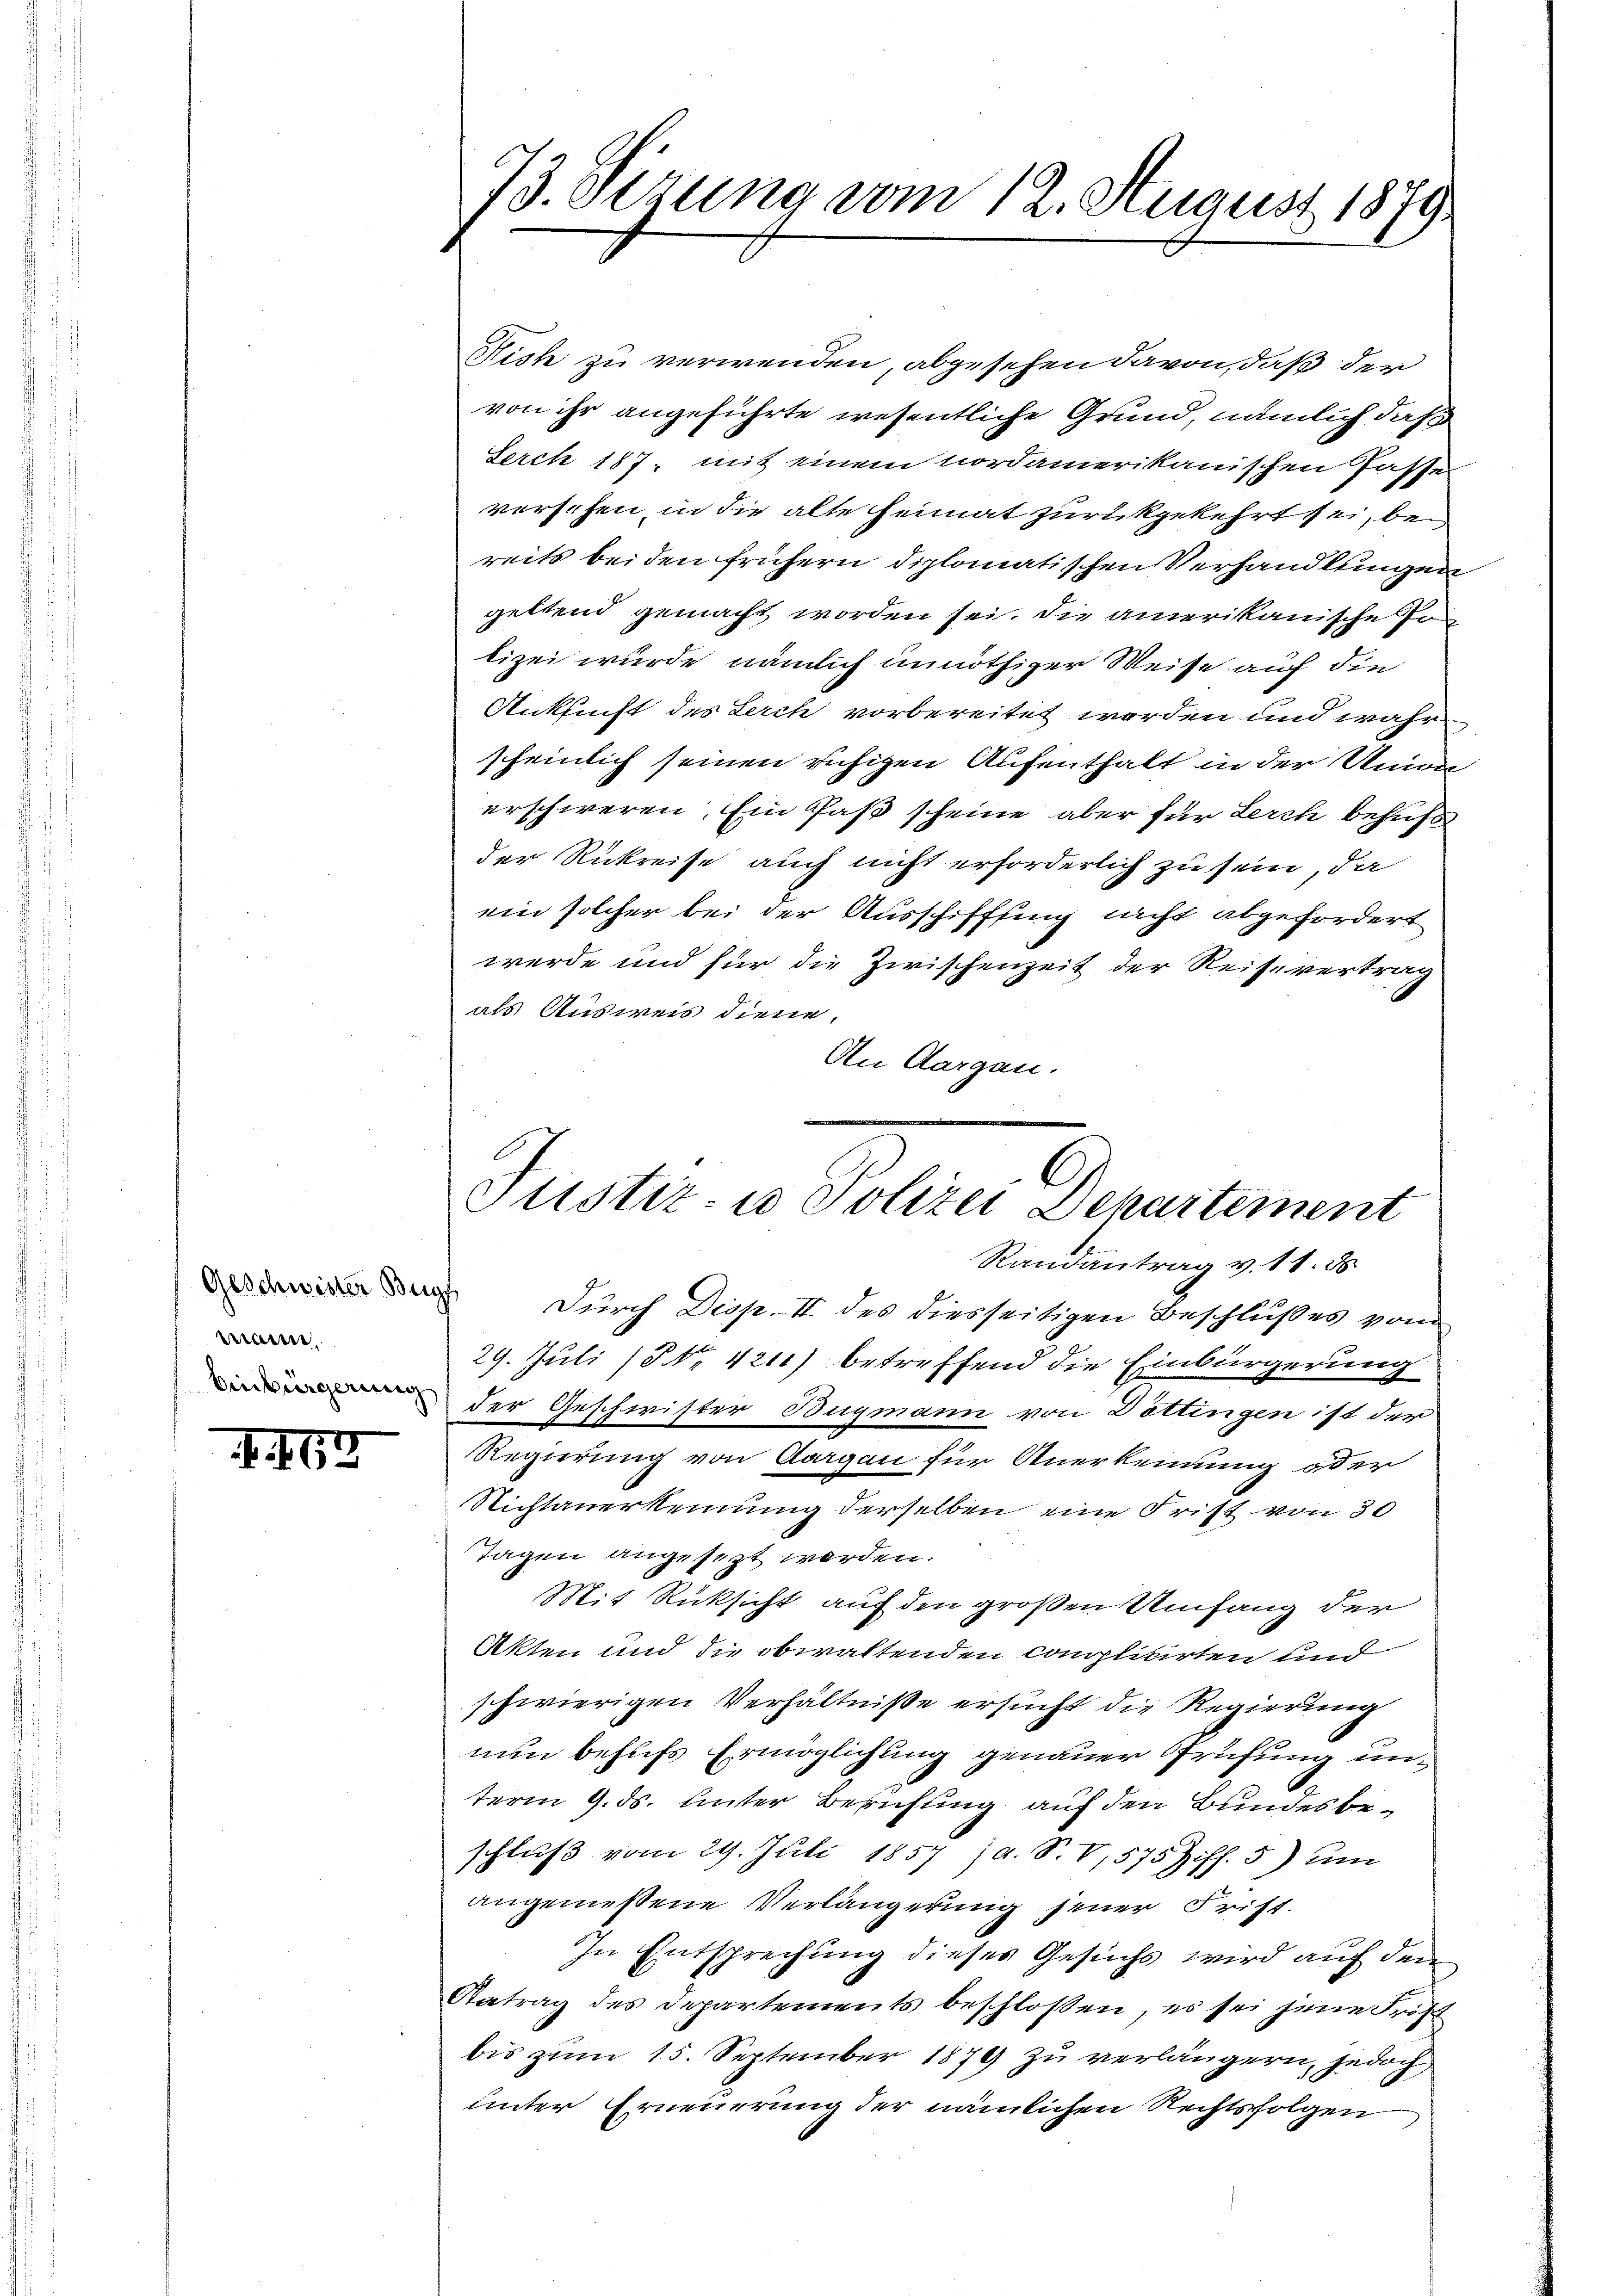
waren,
Einbürgerung

I. 163

73. Sitzung vom 12. August 1879

Justiz- u Polizei Departement
Randantrag v. 11. ds.
a durch Disp. II des diesseitigen Beschlußes vom

Nish zu verwenden, abgesehen davon, daß der
von ihr angeführte wesentliche Grund, nämlich daß
Serch 187, mit einem nordamerikanischen Casse
verschen, in die alte Heimat zurückgekehrt sei, bei
reits beiden frühern diplomatischen Verhandlungen
gettend gemacht worden sei. Die amerikanische Pon
lizei wurde, nämlich unnöthiger Weise auf die
Anklicht des Lerch vorbereitet worden und wahr
scheinlich seinen ruhigen Aufenthalt in der Union
erschweren. Ein Paß scheine aber für Lerch behufs
der Rükreise auch nicht erforderlich zu sein, da
ein solcher bei der Ausschifffung nicht abgefordert
werde und für die Zwischenzeit der Reisevertrag
als Ausweis diene.
An Aargau.

29. Juli 18. No. 4211) betreffend die Einbürgerung
der Geschwister Bugmann von Döttingen ist der
Regierung von Aargau für Anerkennung oder
Nichtanerkennung derselben eine Frist von 30
Tagen angesezt werden.
Mit Rücksicht auf den großen Umfang der
Akten und die obwaltenden complicirten und
schwierigen Verhältniße ersucht die Regierung
nun behufs Ermöglichung genauer Prüfung unterm 9. ds. unter Berufung auf den Bundesbeschluß vom 29. Juli 1857/A. S. 8,575 Ziff. 5) um
angeniessene Verlängerung jener Frist.
In Entsprechung dieses Gesuchs wird auf den
Aatrag des Departements beschlossen, es sei jene Frost
bis zum 15. September 1879 zu verlängern, jedoch
unter Erneuerung der nämlichen Rechtsfolgen